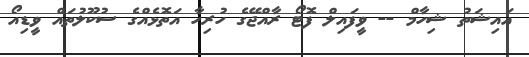
އައިޝަތު ޝިހާމް -- ވީފައިލް ފޮޓޯ ރާއްޖޭގެ ހުރިހާ އަތޮޅެއްގެ ސުކޫލުތައް ވީޑިއޯ